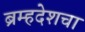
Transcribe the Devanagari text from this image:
ब्रम्हदेशचा